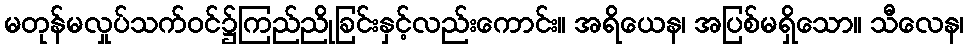
မတုန်မလှုပ်သက်ဝင်၌ကြည်ညိုခြင်းနှင့်လည်းကောင်း။ အရိယေန၊ အပြစ်မရှိသော။ သီလေန၊